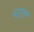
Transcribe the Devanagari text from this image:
पउ़ता